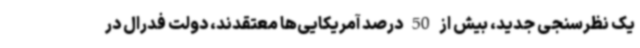
یک نظرسنجی جدید، بیش از 50 درصد آمریکایی‌ها معتقدند، دولت فدرال در